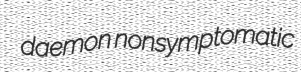
daemon nonsymptomatic